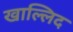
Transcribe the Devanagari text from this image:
खाल्लिद